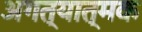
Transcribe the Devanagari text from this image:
अगत्यात्मक